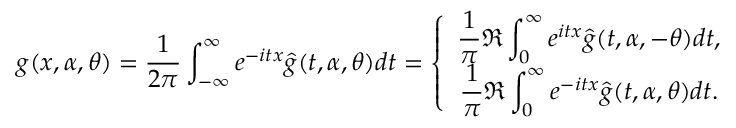
g ( x , \alpha , \theta ) = \frac { 1 } { 2 \pi } \int _ { - \infty } ^ { \infty } e ^ { - i t x } \hat { g } ( t , \alpha , \theta ) d t = \left\{ \begin{array} { c } { \displaystyle \frac { 1 } { \pi } \Re \int _ { 0 } ^ { \infty } e ^ { i t x } \hat { g } ( t , \alpha , - \theta ) d t , } \\ { \displaystyle \frac { 1 } { \pi } \Re \int _ { 0 } ^ { \infty } e ^ { - i t x } \hat { g } ( t , \alpha , \theta ) d t . } \end{array} \right.